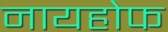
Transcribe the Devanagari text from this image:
नायहोफ